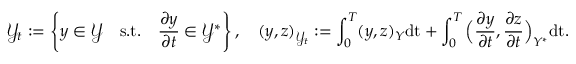
\mathcal { Y } _ { t } : = \left\{ y \in \mathcal { Y } \quad \mathrm { s . t . } \quad \frac { \partial y } { \partial t } \in \mathcal { Y } ^ { * } \right\} , \quad \displaystyle ( y , z ) _ { \mathcal { Y } _ { t } } : = \int _ { 0 } ^ { T } ( y , z ) _ { Y } \mathrm { d t } + \int _ { 0 } ^ { T } \Big ( \frac { \partial y } { \partial t } , \frac { \partial z } { \partial t } \Big ) _ { Y ^ { * } } \mathrm { d t } .